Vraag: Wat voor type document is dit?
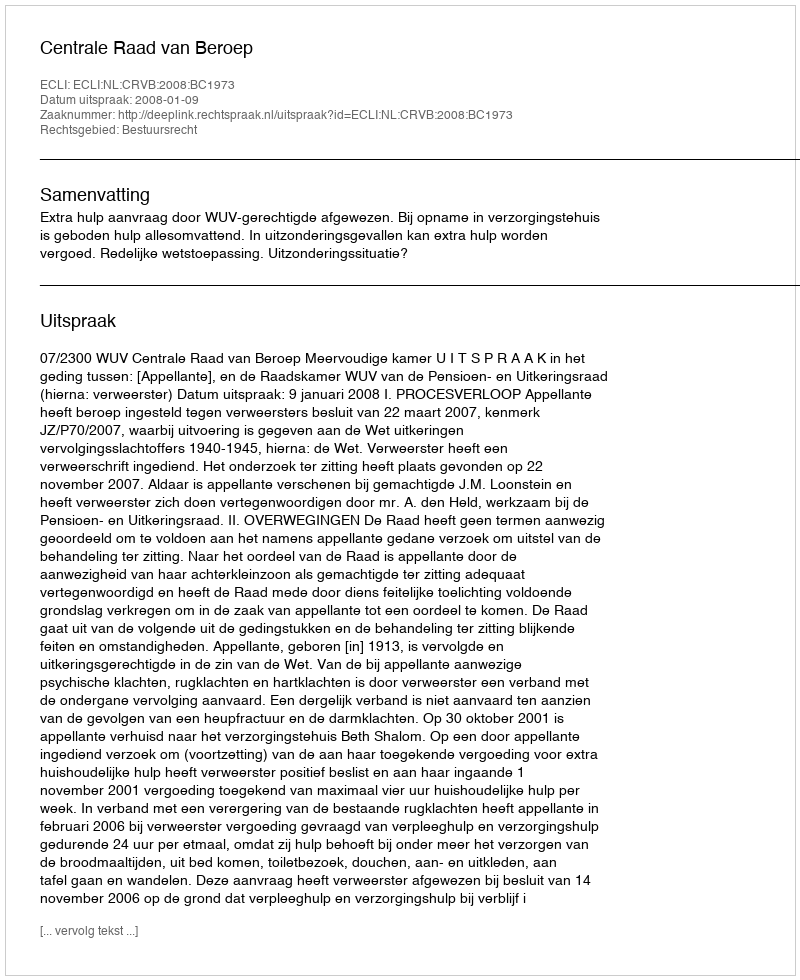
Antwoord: Uitspraak